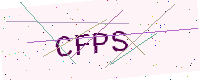
Text: CFPS